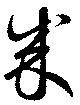
成